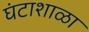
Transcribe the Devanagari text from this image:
घंटाशाळा